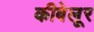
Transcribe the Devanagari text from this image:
कीबेलूर